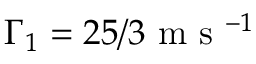
\Gamma _ { 1 } = 2 5 / 3 \mathrm { ~ m ~ s ~ } ^ { - 1 }